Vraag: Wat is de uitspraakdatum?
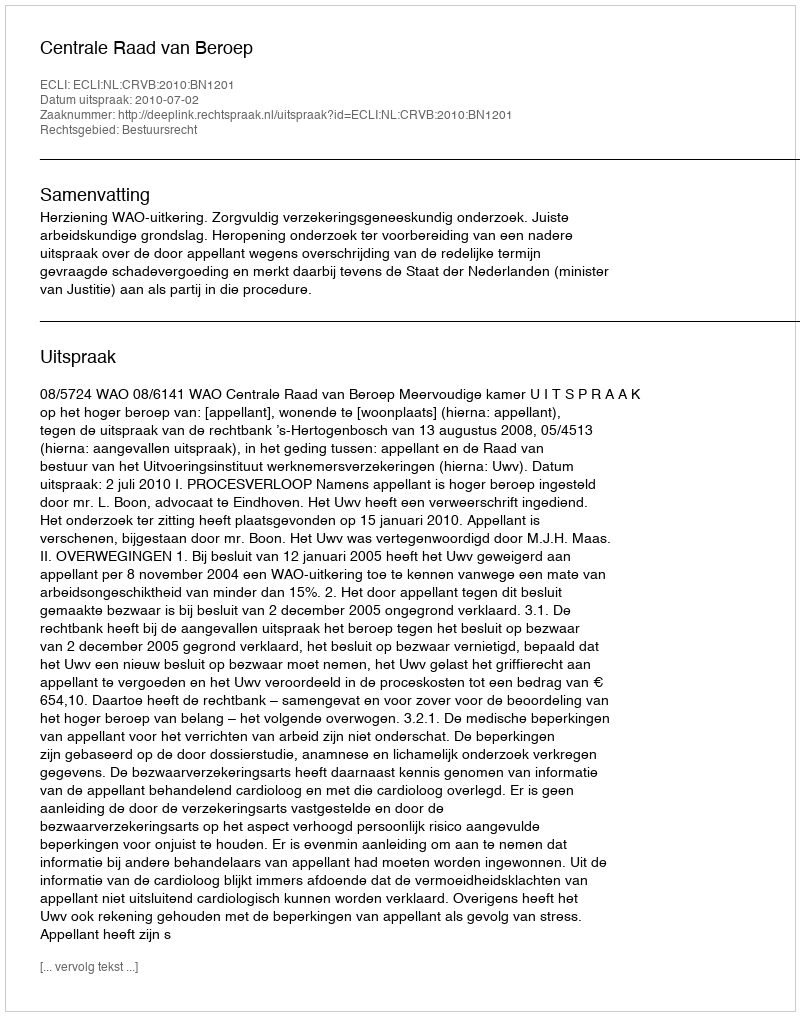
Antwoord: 2010-07-02